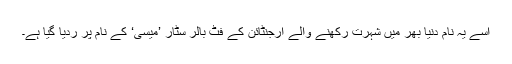
اسے یہ نام دنیا بھر میں شہرت رکھنے والے ارجنٹائن کے فٹ بالر سٹار ’میسی‘ کے نام پر ردیا گیا ہے۔